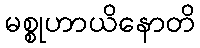
မစ္စုဟာယိနောတိ